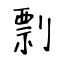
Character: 剽